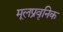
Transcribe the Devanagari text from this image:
मूलप्रवृनिक